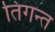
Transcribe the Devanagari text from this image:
तिंगन्त